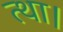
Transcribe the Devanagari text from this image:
त्था।